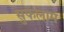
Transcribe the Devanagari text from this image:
सुफलाम